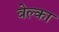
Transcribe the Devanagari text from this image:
वेल्का